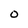
Character: 0